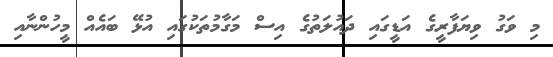
މި ވަގު ވިޔަފާރީގެ އަޑީގައި ދައުލަތުގެ އިސް މަގާމުތަކުގައި އުޅޭ ބައެއް މީހުންނާއި